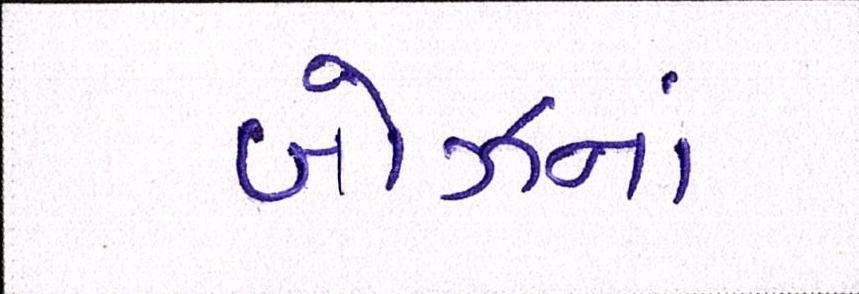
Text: બોઝનાં